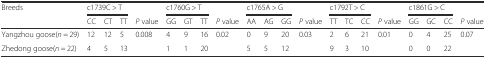
| <ROWSPAN=2> Breeds | <COLSPAN=3> c1739C > T |  | <COLSPAN=3> c1760G > T |  | <COLSPAN=3> c1765A > G |  | <COLSPAN=3> c1792T > C |  | <COLSPAN=3> c1861G > C |  |
 | CC | CT | TT | P value | GG | GT | TT | P value | AA | AG | GG | P value | TT | TC | CC | P value | GG | GC | CC | P value |
 | --- | --- | --- | --- | --- | --- | --- | --- | --- | --- | --- | --- | --- | --- | --- | --- | --- | --- | --- | --- | --- |
 | Yangzhou goose(n = 29) | 12 | 12 | 5 | <ROWSPAN=2> 0.008 | 4 | 9 | 16 | <ROWSPAN=2> 0.02 | 0 | 9 | 20 | <ROWSPAN=2> 0.03 | 2 | 6 | 21 | <ROWSPAN=2> 0.01 | 0 | 4 | 25 | <ROWSPAN=2> 0.07 |
 | Zhedong goose(n = 22) | 4 | 5 | 13 | 1 | 1 | 20 | 5 | 5 | 12 | 9 | 3 | 10 | 0 | 0 | 22 |